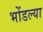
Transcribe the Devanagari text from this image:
भोंडल्या